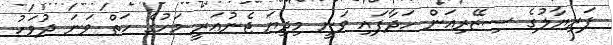
ފަރިޔާލުގެ ސިޒޭރިއަން ހަދާފައި ވަނީ މިދިޔަ ޖެނުއަރީ މަހުގެ ހަތް ވަނަ ދުވަހު